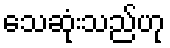
သေဆုံးသည်ဟု